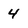
Character: 4